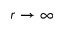
r \rightarrow \infty